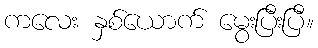
ကလေး နှစ်ယောက် မွေးပြီးပြီ။